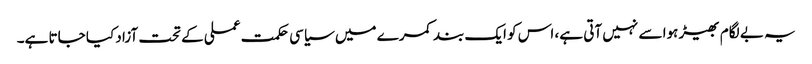
یہ بے لگام بھیڑ ہوا سے نہیں آتی ہے، اس کو ایک بند کمرے میں سیاسی حکمت عملی کے تحت آزاد کیا جاتا ہے۔